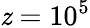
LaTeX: \mathit{z}=10^{5}